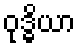
ဝုဒ္ဓိယာ